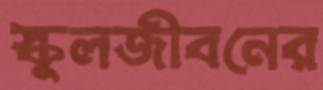
স্কুলজীবনের